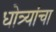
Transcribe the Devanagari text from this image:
धोत्र्यांचा